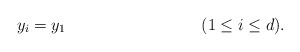
\begin{align*} y_i &= y_1 && (1 \leq i \leq d). \end{align*}